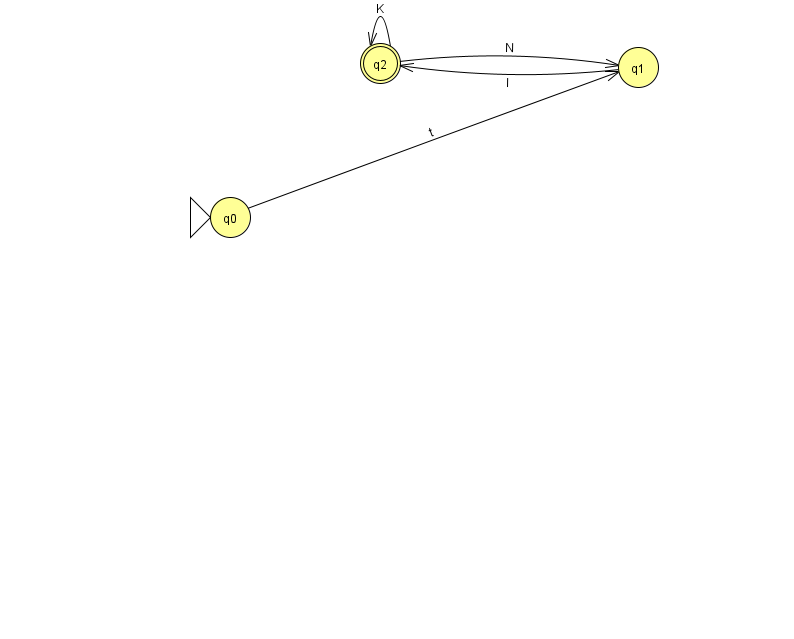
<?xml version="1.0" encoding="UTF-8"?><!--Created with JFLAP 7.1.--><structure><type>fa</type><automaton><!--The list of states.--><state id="0" name="q0"><x>230.0</x><y>204.0</y><initial/></state><state id="1" name="q1"><x>638.0</x><y>54.0</y></state><state id="2" name="q2"><x>380.0</x><y>50.0</y><final/></state><!--The list of transitions.--><transition><from>1</from><to>2</to><read>l</read></transition><transition><from>2</from><to>1</to><read>N</read></transition><transition><from>0</from><to>1</to><read>t</read></transition><transition><from>2</from><to>2</to><read>K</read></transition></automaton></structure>